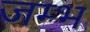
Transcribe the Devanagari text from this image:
जम्भ